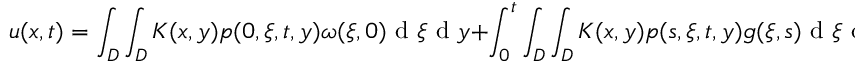
u ( x , t ) = \int _ { D } \int _ { D } K ( x , y ) p ( 0 , \xi , t , y ) \omega ( \xi , 0 ) \textrm { d } \xi \textrm { d } y + \int _ { 0 } ^ { t } \int _ { D } \int _ { D } K ( x , y ) p ( s , \xi , t , y ) g ( \xi , s ) \textrm { d } \xi \textrm { d } s \textrm { d } y .